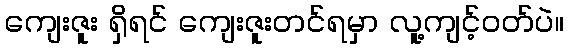
ကျေးဇူး ရှိရင် ကျေးဇူးတင်ရမှာ လူ့ကျင့်ဝတ်ပဲ။